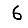
Digit: 6